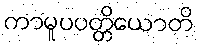
ကာမူပပတ္တိယောတိ